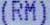
(RM)